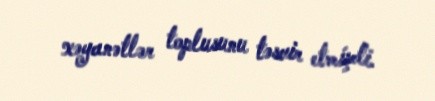
xəyanətlər toplusunu təsvir etmişdi.